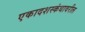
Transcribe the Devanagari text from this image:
एकादशस्कंधावरील